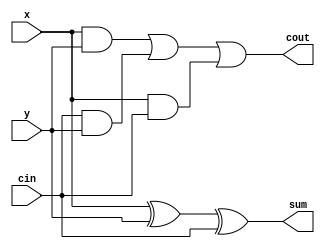
module fullAdder(input x,y,cin , output sum,cout);

assign sum = x ^ y ^ cin;
assign cout  = (x & y) | (cin & y) | (x & cin);

endmodule